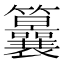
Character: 𥸒